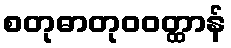
စတုဓာတုဝဝတ္ထာန်